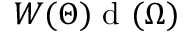
W ( \Theta ) { \textrm { d } } ( \Omega )